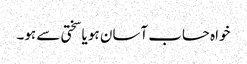
خواہ حساب آسان ہو یا سختی سے ہو۔